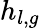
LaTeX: h_{l,g}